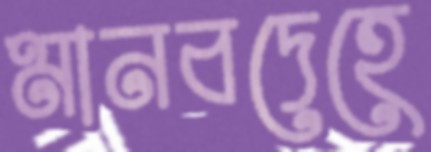
মানবদেহে